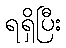
ရရှိပြီး